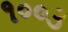
૧૦૦૩